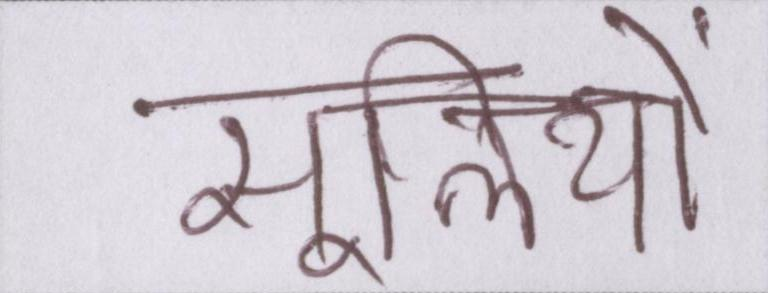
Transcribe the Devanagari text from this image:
सूलियों